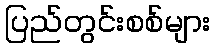
ပြည်တွင်းစစ်များ